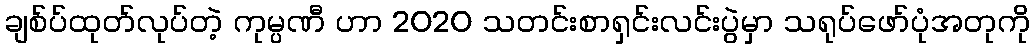
ချစ်ပ်ထုတ်လုပ်တဲ့ ကုမ္ပဏီ ဟာ 2020 သတင်းစာရှင်းလင်းပွဲမှာ သရုပ်ဖော်ပုံအတုကို